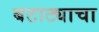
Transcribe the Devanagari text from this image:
बटाट्याचा